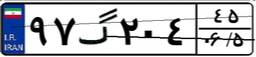
۹۷گ۲۰۴۴۵